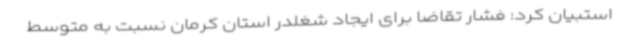
استبیان کرد: فشار تقاضا برای ایجاد شغلدر استان کرمان نسبت به متوسط